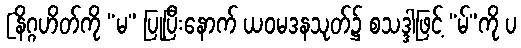
[နိဂ္ဂဟိတ်ကို “မ” ပြုပြီးနောက် ယဝမဒနသုတ်၌ စသဒ္ဒါဖြင့် “မ်”ကို ပ